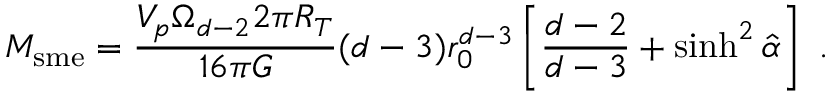
M _ { \mathrm { s m e } } = \frac { V _ { p } \Omega _ { d - 2 } 2 \pi R _ { T } } { 1 6 \pi G } ( d - 3 ) r _ { 0 } ^ { d - 3 } \left[ \frac { d - 2 } { d - 3 } + \sinh ^ { 2 } \hat { \alpha } \right] \ .